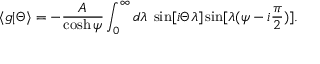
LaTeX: \langle g | \Theta \rangle = - \frac { A } { \cosh \psi } \int _ { 0 } ^ { \infty } d \lambda \; \sin [ i \Theta \lambda ] \sin [ \lambda ( \psi - i { \frac { \pi } { 2 } } ) ] .